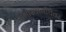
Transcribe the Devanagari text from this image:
रामास्वामीथेवर